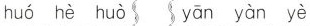
huó hè huò yān yàn yè